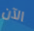
الآن